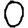
Digit: 0